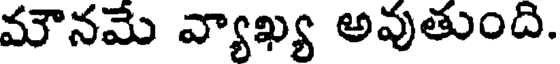
మౌనమే వ్యాఖ్య అవుతుంది.